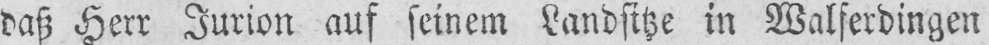
daß Herr Jurion auf seinem Landsitze in Walferdingen